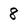
Character: 8